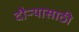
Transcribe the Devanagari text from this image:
दौऱ्यासाठी